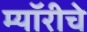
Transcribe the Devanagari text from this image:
म्यॉरीचे